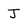
Character: J